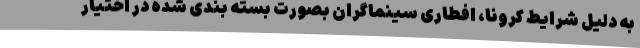
به دلیل شرایط کرونا، افطاری سینماگران بصورت بسته بندی شده در اختیار